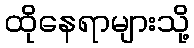
ထိုနေရာများသို့